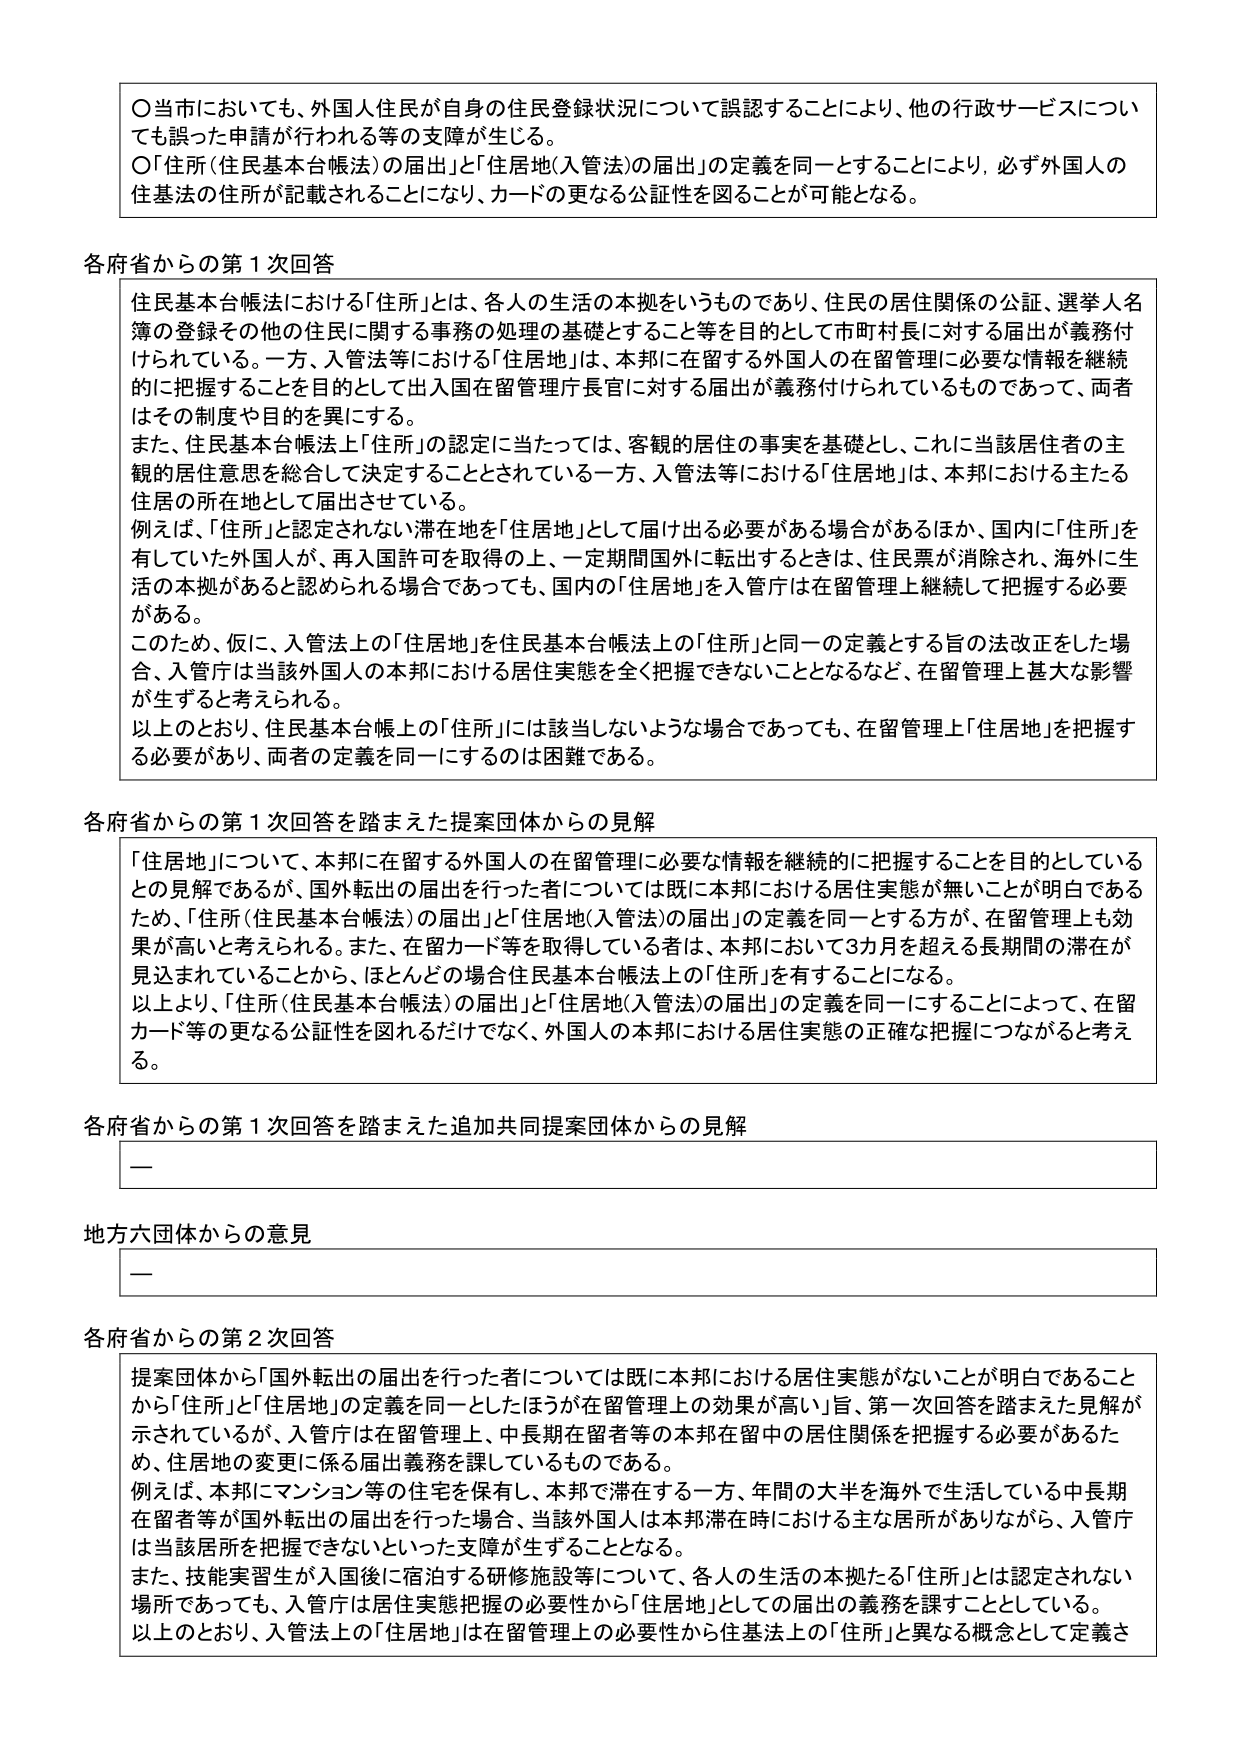
〇当市においても、外国人住民が自身の住民登録状況について誤認することにより、他の行政サービスについても誤った申請が行われる等の支障が生じる。
〇「住所（住民基本台帳法）の届出」と「住居地（入管法）の届出」の定義を同一とすることにより、必ず外国人の住基法の住所が記載されることになり、カードの更なる公証性を図ることが可能となる。

各府省からの第１次回答
住民基本台帳法における「住所」とは、各人の生活の本拠をいうものであり、住民の居住関係の公証、選挙人名簿の登録その他の住民に関する事務の処理の基礎とすること等を目的として市町村長に対する届出が義務付けられている。一方、入管法等における「住居地」は、本邦に在留する外国人の在留管理に必要な情報を継続的に把握することを目的として出入国在留管理庁長官に対する届出が義務付けられているものであって、両者はその制度や目的を異にする。
また、住民基本台帳法上「住所」の認定に当たっては、客観的居住の事実を基礎とし、これに当該居住者の主観的居住意思を総合して決定することとされている一方、入管法等における「住居地」は、本邦における主たる住居の所在地として届出させている。
例えば、「住所」と認定されない滞在地を「住居地」として届け出る必要がある場合があるほか、国内に「住所」を有していた外国人が、再入国許可を取得の上、一定期間国外に転出するときは、住民票が消滅され、海外に生活の本拠があると認められる場合であっても、国内の「住居地」を入管庁は在留管理上継続して把握する必要がある。
このため、仮に、入管法上の「住居地」を住民基本台帳法上の「住所」と同一の定義とする旨の法改正をした場合、入管庁は当該外国人の本邦における居住実態を全く把握できないこととなるなど、在留管理上甚大な影響が生ずると考えられる。
以上のことより、住民基本台帳上の「住所」には該当しないような場合であっても、在留管理上「住居地」を把握する必要があり、両者の定義を同一にするのは困難である。

各府省からの第１次回答を踏まえた提案団体からの見解
「住居地」について、本邦に在留する外国人の在留管理に必要な情報を継続的に把握することを目的としているとの見解であるが、国外転出の届出を行った者については既に本邦における居住実態が無いことが明白であるため、「住所（住民基本台帳法）の届出」と「住居地（入管法）の届出」の定義を同一とする方が、在留管理上も効果が高いと考えられる。また、在留カード等を取得している者は、本邦において3カ月を超える長期間の滞在が見込まれていることから、ほとんどの場合住民基本台帳法上の「住所」を有することになる。
以上より、「住所（住民基本台帳法）の届出」と「住居地（入管法）の届出」の定義を同一にすることによって、在留カード等の更なる公証性を図れるだけでなく、外国人の本邦における居住実態の正確な把握につながると考える。

各府省からの第１次回答を踏まえた追加共同提案団体からの見解
—

地方六団体からの意見
—

各府省からの第２次回答
提案団体から「国外転出の届出を行った者については既に本邦における居住実態がないことが明白であることから「住所」と「住居地」の定義を同一としたほうが在留管理上の効果が高い」旨、第一次回答を踏まえた見解が示されても、入管庁は在留管理上、中長期在留者等の本邦在留中の居住関係を把握する必要があるため、住居地の変更に係る届出義務を課しているものである。
例えば、本邦にマンション等の住宅を保有し、本邦で滞在する一方、年間の大半を海外で生活している中長期在留者等が国外転出の届出を行った場合、当該外国人は本邦滞在時における主な居所がありながら、入管庁は当該居所を把握できないといった支障が生ずることとなる。
また、技能実習生が入国後に宿泊する研修施設等について、各人の生活の本拠たる「住所」とは認定されない場所であっても、入管庁は居住実態把握の必要性から「住居地」としての届出の義務を課すこととしている。
以上のことより、入管法上の「住居地」は在留管理上の必要性から住基法上の「住所」と異なる概念として定義さ